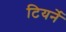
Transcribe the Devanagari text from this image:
टियर्ने